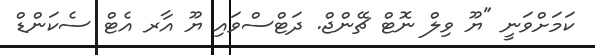
ކަމަށްވަނީ "ޔޫ ވިލް ނޮޓް ޗޭންޖް. ދަޓްސްވައި ޔޫ އާރ އެޓް ސެކަންޑް